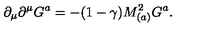
\partial _ { \mu } \partial ^ { \mu } G ^ { a } = - ( 1 - \gamma ) M _ { ( a ) } ^ { 2 } G ^ { a } .